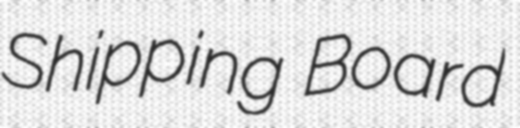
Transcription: Shipping Board